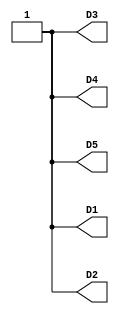
//------------------------------------------------------------------
//-- Hello world example for the iCEstick board
//-- Turn on all the leds
//------------------------------------------------------------------

module leds(output wire D1,
            output wire D2,
            output wire D3,
            output wire D4,
            output wire D5);

assign D1 = 1'b1;
assign D2 = 1'b1;
assign D3 = 1'b1;
assign D4 = 1'b1;
assign D5 = 1'b1;

endmodule